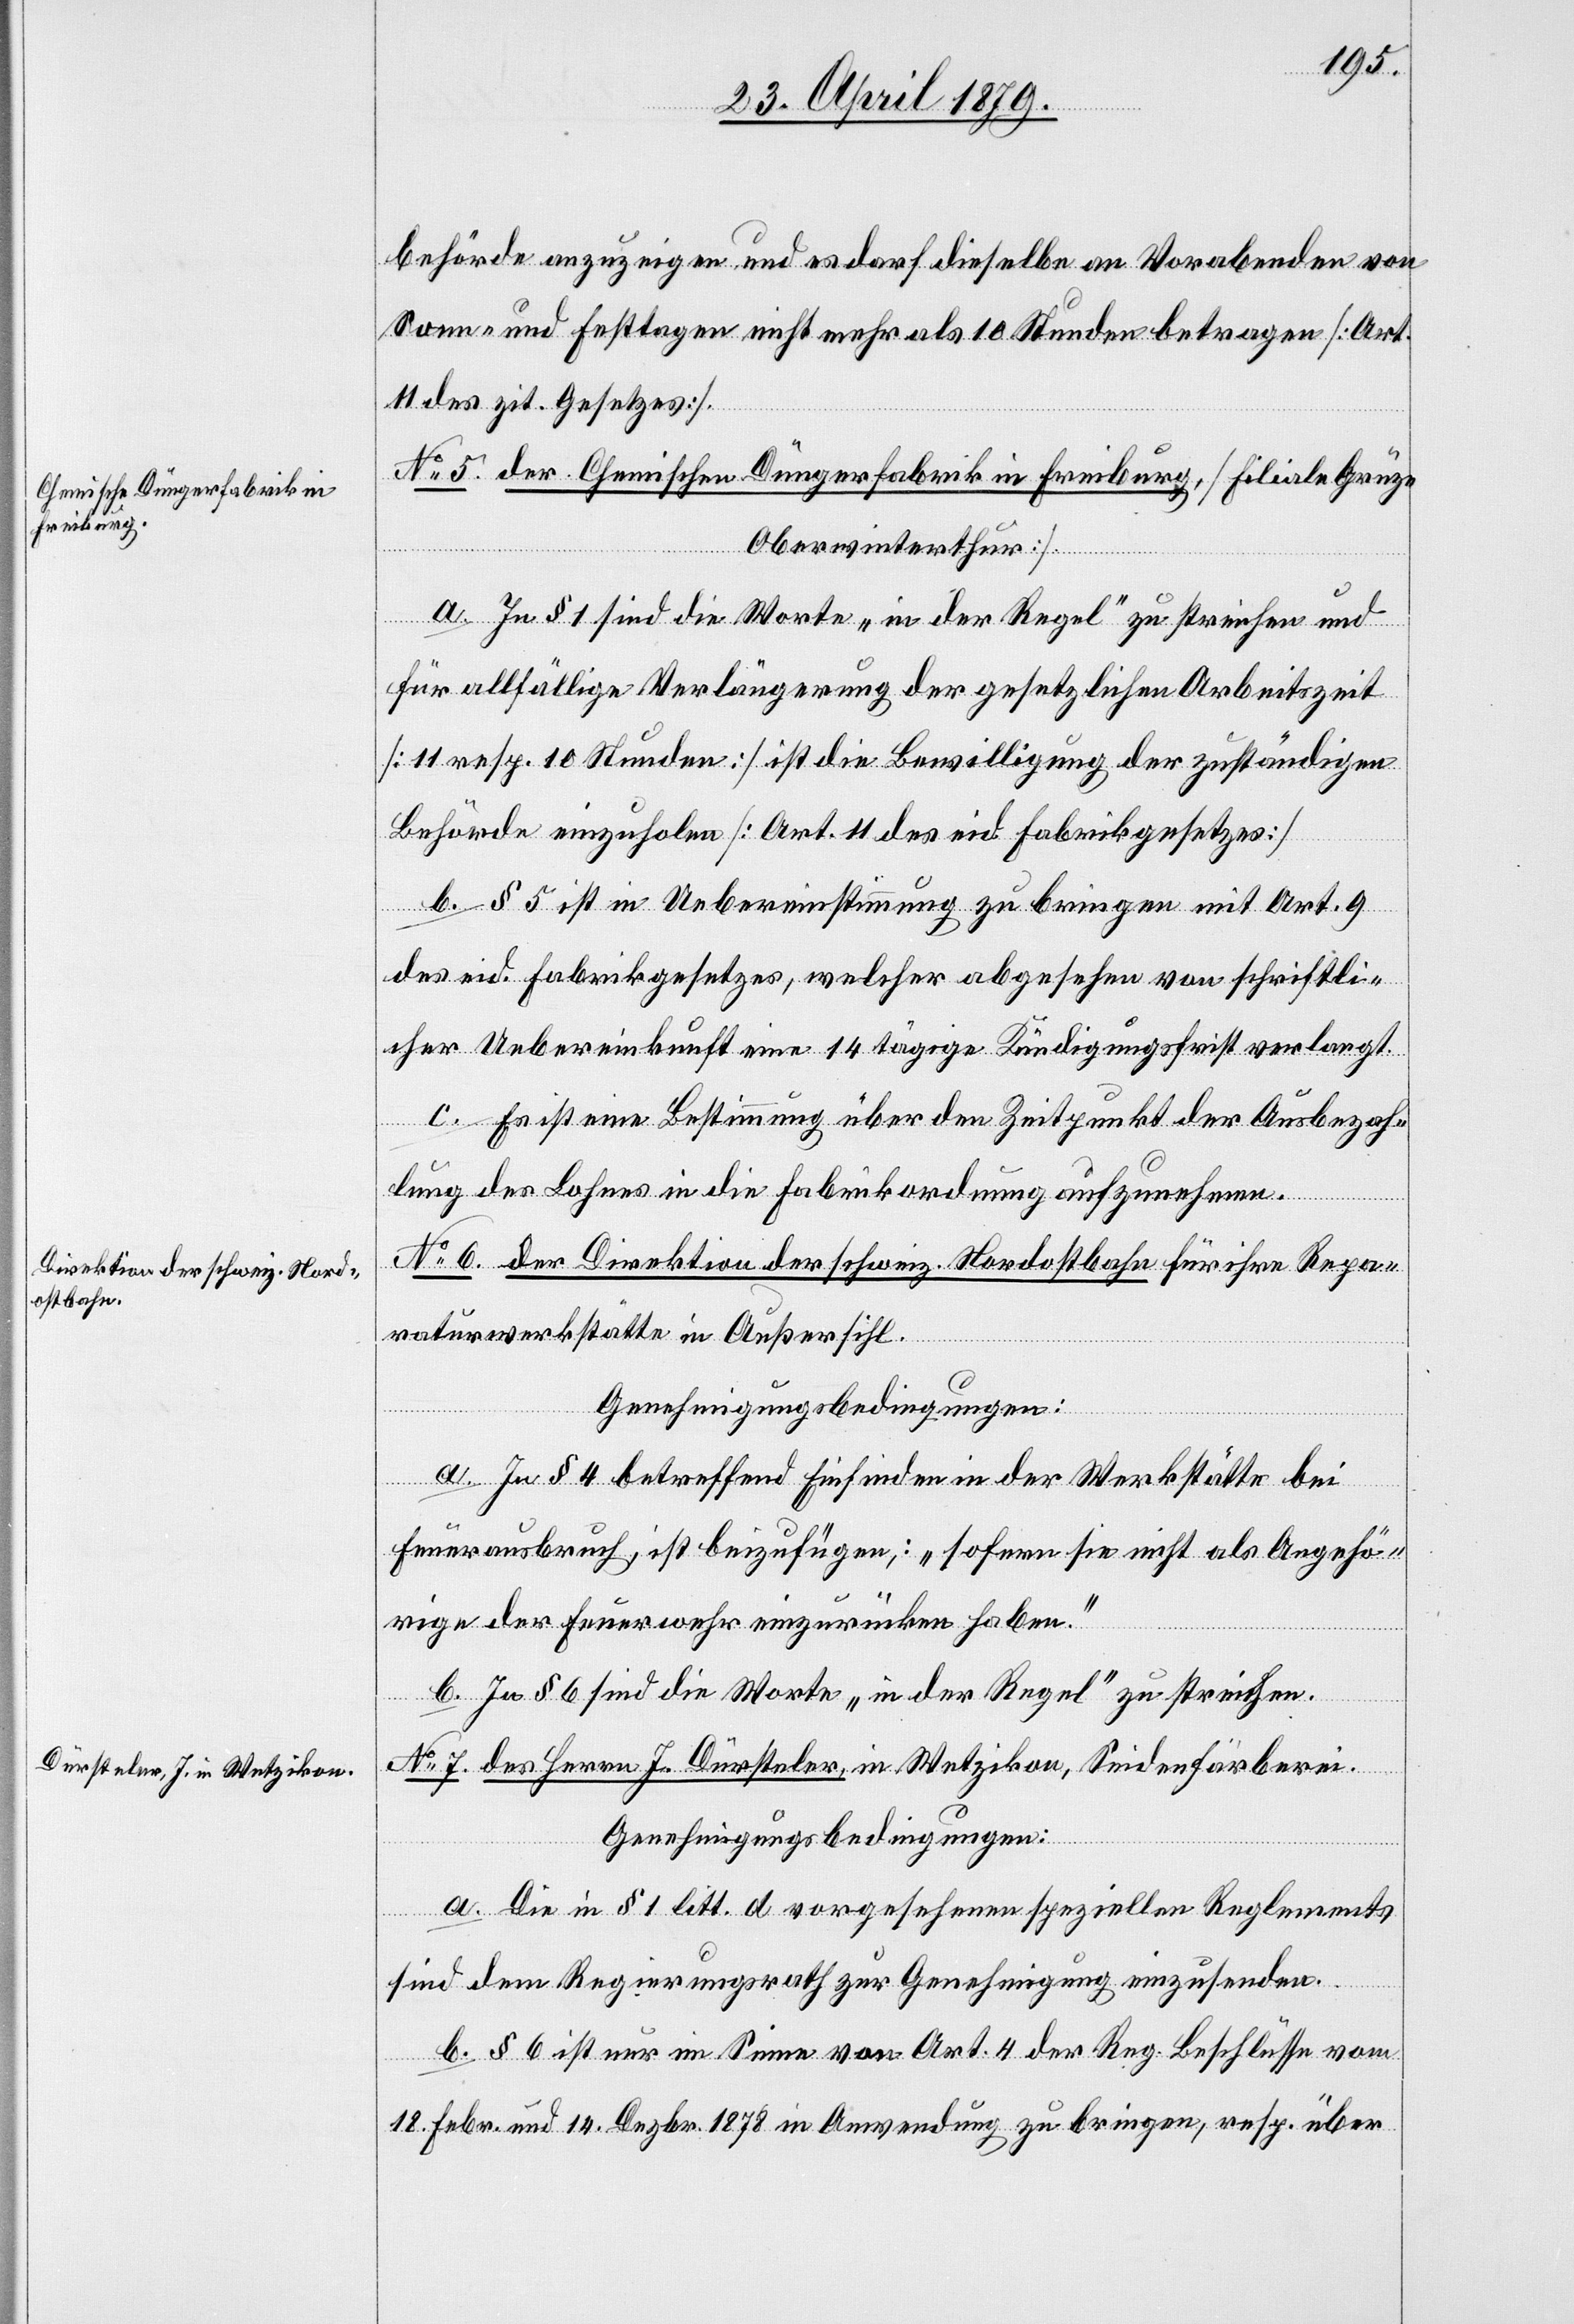
behörde anzuzeigen und es darf dieselbe an Vorabenden von
Sonn- und Festtagen nicht mehr als 10 Stunden betragen [Art.
11 des zit. Gesetzes].
No 5. der Chemischen Düngerfabrik in Freiburg, [Filiale Grüze
Oberwinterthur].
a. In § 1 sind die Worte „in der Regel“ zu streichen und
für allfällige Verlängerung der gesetzlichen Arbeitszeit
[11 resp. 10 Stunden] ist die Bewilligung der zuständigen
Behörde einzuholen [Art. 11 des eid. Fabrikgesetzes]
b. § 5 ist in Uebereinstimmung zu bringen mit Art. 9
des eid. Fabrikgesetzes, welcher abgesehen von schriftli¬
cher Uebereinkunft eine 14 tägige Kündigungsfrist verlangt.
c. Es ist eine Bestimmung über den Zeitpunkt der Ausbezah¬
lung des Lohnes in die Fabrikordnung aufzunehmen.
No 6. der Direktion der schweiz. Nordostbahn für ihre Repa¬
raturwerkstätte in Außersihl.
Genehmigungsbedingungen:
a. In § 4 betreffend Einfinden in der Werkstätte bei
Feuerausbruch, ist beizufügen, [sic!]: „sofern sie nicht als Angehö¬
rige der Feuerwehr einzurücken haben.“
b. In § 6 sind die Worte „in der Regel“ zu streichen.
No 7. des Herrn J. Dürsteler, in Wetzikon, Seidenfärberei.
Genehmigungsbedingungen:
a. Die in § 1 litt. d vorgesehenen speziellen Reglements
sind dem Regierungsrath zur Genehmigung einzusenden.
b. § 6 ist nur im Sinne von Art. 4 der Reg. Beschlüsse vom
18. Febr. und 14. Dezbr. 1878 in Anwendung zu bringen, resp. über